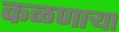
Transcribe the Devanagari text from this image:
कळणार्‍या